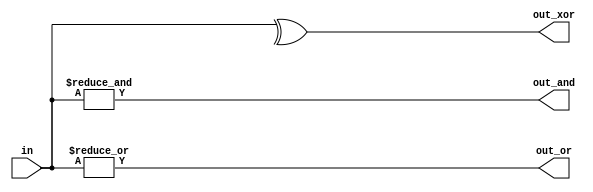
// SPDX-License-Identifier: MIT

module top_module( 
    input [3:0] in,
    output out_and,
    output out_or,
    output out_xor
);
    assign out_and = &in;
    assign out_or = |in;
    assign out_xor = ^in;
endmodule